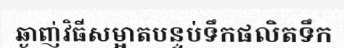
ឆ្ងាញ់វិធីសម្អាតបន្ទប់ទឹកផលិតទឹក